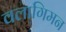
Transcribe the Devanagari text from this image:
वलागिमन